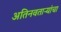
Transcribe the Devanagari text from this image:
अतिनवताऱ्यांचा